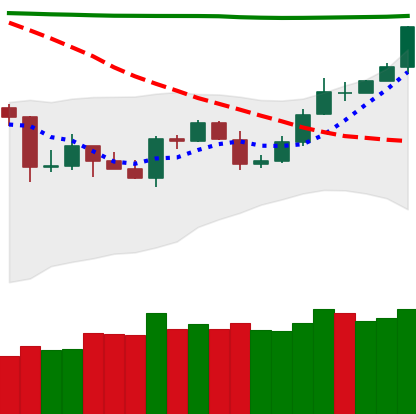
Ticker: TRX-USD
Chart end date: 2020-04-28
Forward return: 4.06%
Label: up_3_5